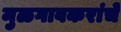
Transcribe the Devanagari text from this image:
मुळगावकरांचे